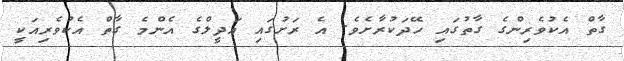
ގާތް އެކުވެރިންގެ ގާތުގައި ހޭދަކުރާށެވެ. އެ ރަށުގައި އަދީލްގެ އެންމެ ގާތް އެކުވެރިއަކީ